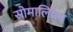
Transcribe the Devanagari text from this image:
सोमालियन